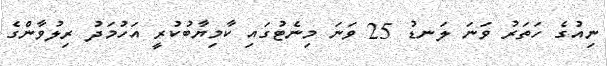
ނިއުގެ ހަތަރު ވަނަ ލަނޑު 25 ވަނަ މިނެޓުގައި ކާމިޔާބުކުރީ އަހުމަދު ރިލުވާންގެ